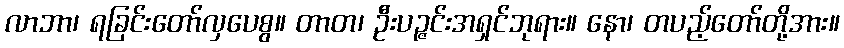
လာဘာ၊ ရခြင်းတော်လှပေစွ။ တာတ၊ ဦးပဉ္ဇင်းအရှင်ဘုရား။ နော၊ တပည့်တော်တို့အား။